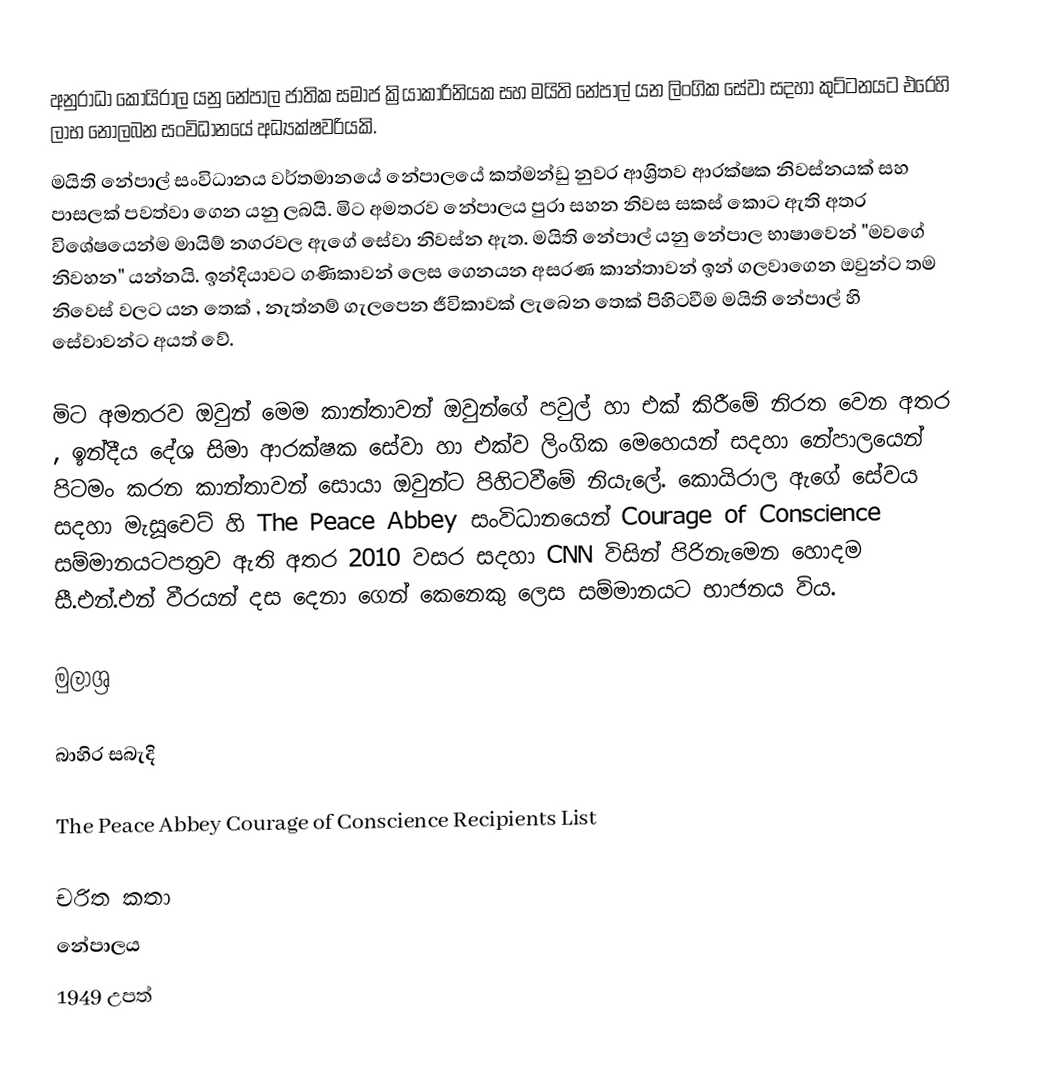
අනුරාධා කොයිරාල යනු නේපාල ජාතික සමාජ ක්‍රියාකාරිනියක සහ මයිති නේපාල් යන ලිංගික සේවා සදහා කුට්ටනයට එරෙහි ලාභ නොලබන සංවිධානයේ අධ්‍යක්ෂවරියකි.
 මයිති නේපාල් සංවිධානය වර්තමානයේ නේපාලයේ කත්මන්ඩු නුවර ආශ්‍රිතව ආරක්ෂක නිවස්නයක් සහ පාසලක්‌ පවත්වා ගෙන යනු ලබයි. මිට අමතරව නේපාලය පුරා සහන නිවස සකස් කොට ඇති අතර විශේෂයෙන්ම මායිම් නගරවල ඇගේ සේවා නිවස්න ඇත. මයිති නේපාල් යනු නේපාල භාෂාවෙන් "මවගේ නිවහන" යන්නයි. ඉන්දියාවට ගණිකාවන් ලෙස ගෙනයන අසරණ කාන්තාවන් ඉන් ගලවාගෙන ඔවුන්ට තම නිවෙස් වලට යන තෙක් , නැත්නම් ගැලපෙන ජීවිකාවක් ලැබෙන තෙක් පිහිටවීම මයිති නේපාල් හි සේවාවන්ට අයත් වේ.

මිට අමතරව ඔවුන් මෙම කාන්තාවන් ඔවුන්ගේ පවුල් හා එක් කිරීමේ නිරත වෙන අතර , ඉන්දීය දේශ සිමා ආරක්ෂක සේවා හා එක්ව ලිංගික මෙහෙයන් සදහා නේපාලයෙන් පිටමං කරන කාන්තාවන් සොයා ඔවුන්ට පිහිටවීමේ නියැලේ. කොයිරාල ඇගේ සේවය සදහා මැසූචෙට්‌ හි The Peace Abbey සංවිධානයෙන් Courage of Conscience සම්මානයටපත්‍රව ඇති අතර 2010 වසර සදහා CNN විසින් පිරිනැමෙන හොදම සී.එන්.එන් වීරයන් දස දෙනා ගෙන් කෙනෙකු ලෙස සම්මානයට භාජනය විය.

මුලාශ්‍ර

බාහිර සබැදි

 The Peace Abbey Courage of Conscience Recipients List

චරිත කතා
නේපාලය
1949 උපත්